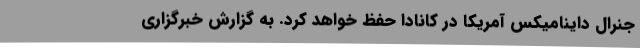
جنرال داینامیکس آمریکا در کانادا حفظ خواهد کرد. به گزارش خبرگزاری